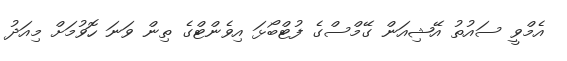
އެމްވީ ސައުތު އޭޝިއަން ގޭމްސްގެ ފުޓްބޯޅަ އިވެންޓްގެ ތިން ވަނަ ހޮވުމަށް މިއަދު